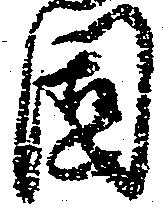
固